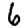
Digit: 6